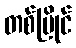
တစ်ပြိုင်